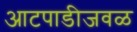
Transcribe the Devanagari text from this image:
आटपाडीजवळ